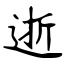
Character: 逝